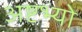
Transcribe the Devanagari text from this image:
अष्टभ्यो